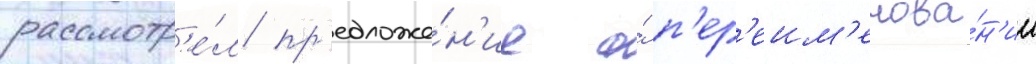
рассмотр'е́л пр'едложе́н'ие о́ п'ер'еим'енова́н'ии